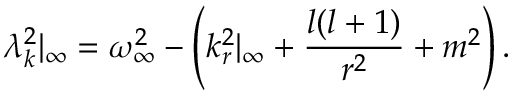
\lambda _ { k } ^ { 2 } | _ { \infty } = \omega _ { \infty } ^ { 2 } - \left( k _ { r } ^ { 2 } | _ { \infty } + { \frac { l ( l + 1 ) } { r ^ { 2 } } } + m ^ { 2 } \right) .